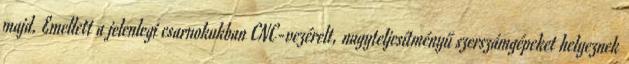
majd. Emellett a jelenlegi csarnokukban CNC-vezérelt, nagyteljesítményű szerszámgépeket helyeznek